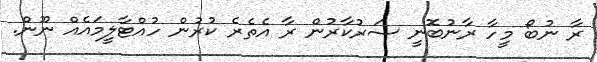
ރާ ނުބޯ މީހާ ރާނުބޮނީ ސަރުކާރުން ރާ އެތެރެ ކުރުން ހުއްޓާލީމައެއް ނޫން.